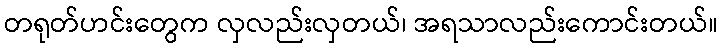
တရုတ်ဟင်းတွေက လှလည်းလှတယ်၊ အရသာလည်းကောင်းတယ်။